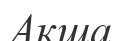
Акша